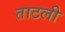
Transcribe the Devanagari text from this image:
ताटली